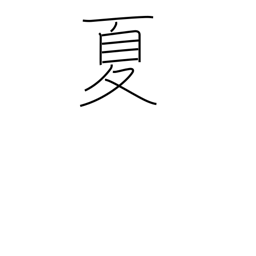
Meaning: summer